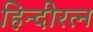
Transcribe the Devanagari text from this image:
हिन्दीरत्न